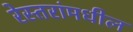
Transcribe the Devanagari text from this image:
रेस्तरांमधील